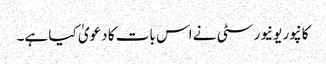
کانپور یونیورسٹی نے اس بات کا دعویٰ کیا ہے۔